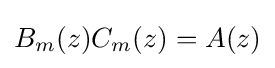
B_{m}(z)C_{m}(z)=A(z)